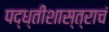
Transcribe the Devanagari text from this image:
पद्ध्तीशास्त्राचं